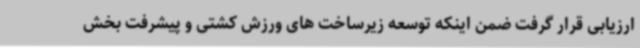
ارزیابی قرار گرفت ضمن اینکه توسعه زیرساخت های ورزش کشتی و پیشرفت بخش